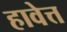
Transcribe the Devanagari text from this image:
हावेत्त